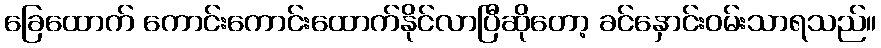
ခြေထောက် ကောင်းကောင်းထောက်နိုင်လာပြီဆိုတော့ ခင်နှောင်းဝမ်းသာရသည်။